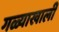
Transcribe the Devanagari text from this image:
गळ्याखाली